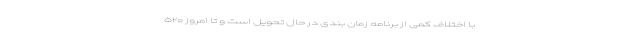
با اختلاف کمی از برنامه زمان بندی در حال تحویل است و تا امروز ۵۲۰